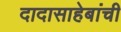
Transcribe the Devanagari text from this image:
दादासाहेबांची